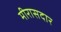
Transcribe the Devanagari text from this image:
मीरासदार